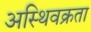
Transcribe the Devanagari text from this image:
अस्थिवक्रता